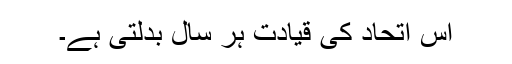
اس اتحاد کی قیادت ہر سال بدلتی ہے۔